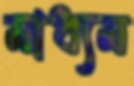
মাধ্যম